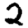
Digit: 2